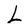
Character: L